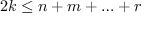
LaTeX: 2 k \leq n + m + \ldots + r